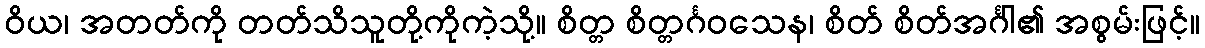
ဝိယ၊ အတတ်ကို တတ်သိသူတို့ကိုကဲ့သို့။ စိတ္တ စိတ္တင်္ဂဝသေန၊ စိတ် စိတ်အင်္ဂါ၏ အစွမ်းဖြင့်။